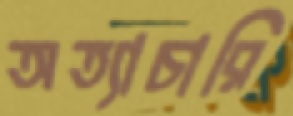
অত্যাচারি